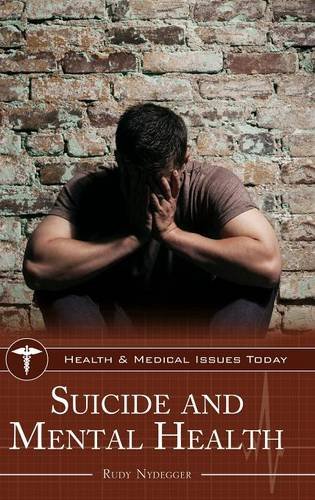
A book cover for Suicide and Mental Health (Health and Medical Issues Today); Rudy Nydegger Ph.D.; Self-Help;